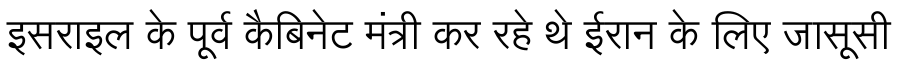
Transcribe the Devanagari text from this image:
इसराइल के पूर्व कैबिनेट मंत्री कर रहे थे ईरान के लिए जासूसी